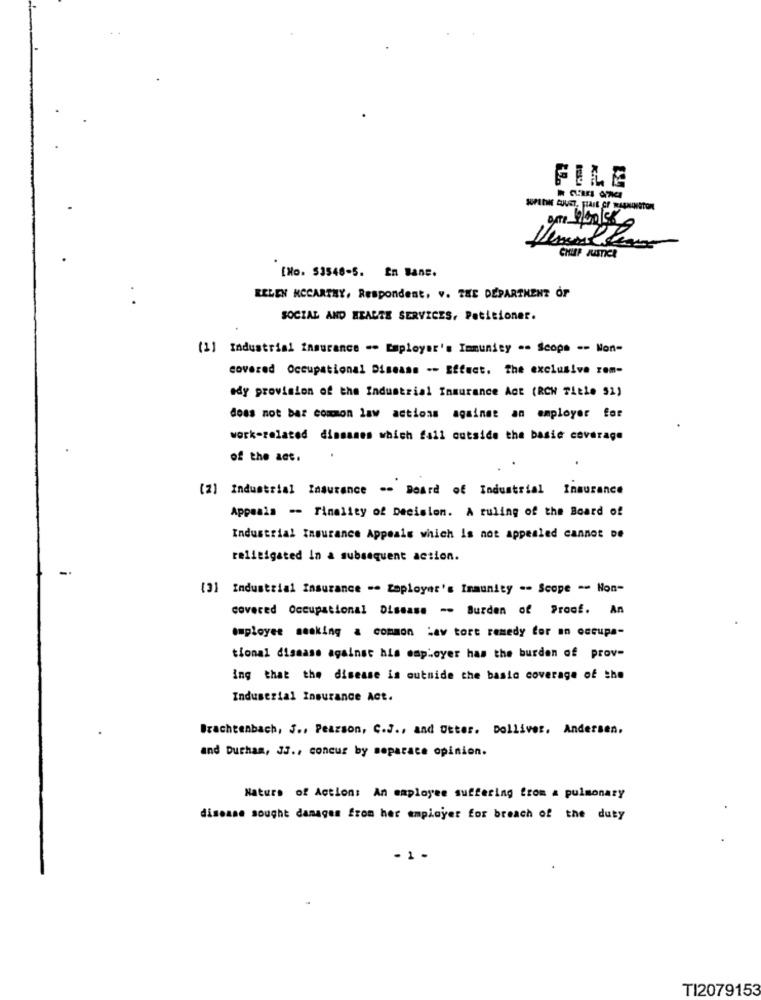
FILE
CHIRP JUSTICE
[No. $3548-5. En Bane.
BELEN MCCARTHY, Respondent, v. THE DEPARTMENT OF
SOCIAL AND HEADTE SERVICES, Petitioner.
(1) Industrial Insurance -- Employer's Immunity -- Scope -- Non-
covered Occupational Disease -- Effect. The exclusive rom-
edy provision of the Industrial Insurance Act (RCN Title 51)
does not bar common law actions against an employer for
work-related dinsanes which fail outside the basic coverage
of the act.
[2] Industrial Insurance -> Board of Industrial Insurance
Appeals -- Finality of Decision. A ruling of the Board of
Industrial Insurance Appeals which is not appealed cannot be
relisigated In a subsequent action.
[3] Industrial Insurance -- Zaployer's Immunity == Scope -- Non-
covered Occupational Disease -- Burden of Proof. An
employee seaking a common Law tort remedy for an occupa-
tional disease against his employer has the burden of prov-
ing that the disease is outside the basic coverage of the
Industrial Insurance Act.
Brachtenbach, S ., Pearson, C.J ., and Utter. Dolliver. Andersen,
and Durham, J3 ., concur by separace opinion.
Nature of Action: An employee suffering from a pulmonary
disease sought damages from her employer for breach of the duty
- 1 -
TI2079153